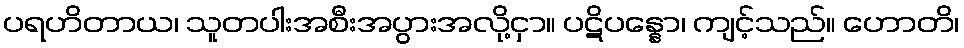
ပရဟိတာယ၊ သူတပါးအစီးအပွားအလို့ငှာ။ ပဋိပန္နော၊ ကျင့်သည်။ ဟောတိ၊